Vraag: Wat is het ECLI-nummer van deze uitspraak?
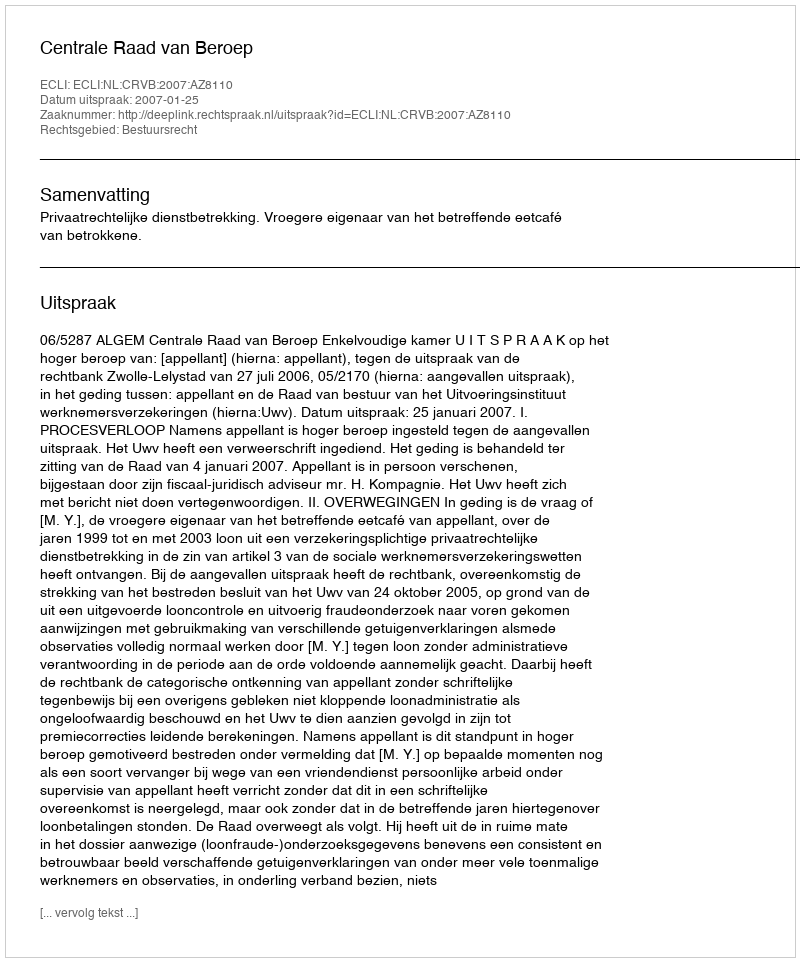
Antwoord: ECLI:NL:CRVB:2007:AZ8110